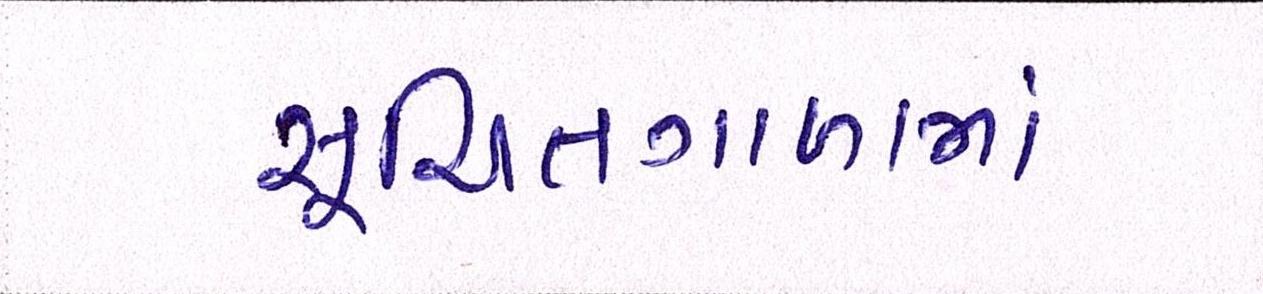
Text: સૂચિતગાળામાં